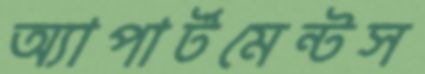
অ্যাপার্টমেন্টস